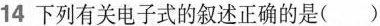
14下列有关电子式的叙述正确的是()